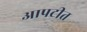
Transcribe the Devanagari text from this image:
आपटीत